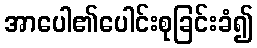
အာပေါ၏ပေါင်းစုခြင်းခံ၍